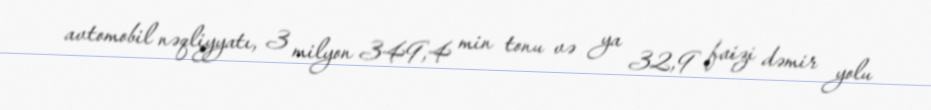
avtomobil nəqliyyatı, 3 milyon 349,4 min tonu və ya 32,9 faizi dəmir yolu